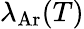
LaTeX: \lambda_{\mathrm{Ar}}(T)